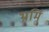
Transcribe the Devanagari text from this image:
भ्रमिं